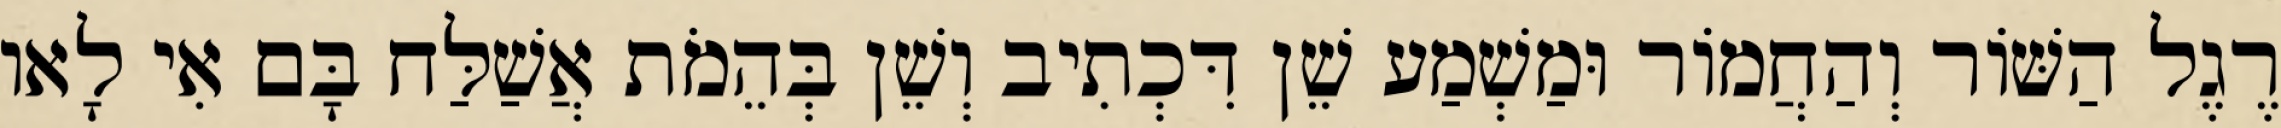
רֶגֶל הַשּׁוֹר וְהַחֲמוֹר וּמַשְׁמַע שֵׁן דִּכְתִיב וְשֵׁן בְּהֵמֹת אֲשַׁלַּח בָּם אִי לָאו